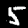
Label: 5